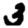
Digit: 3